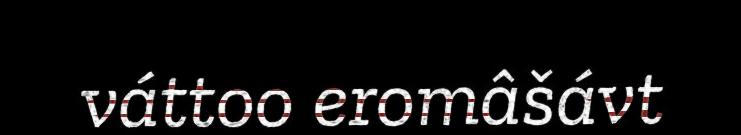
váttoo eromâšávt